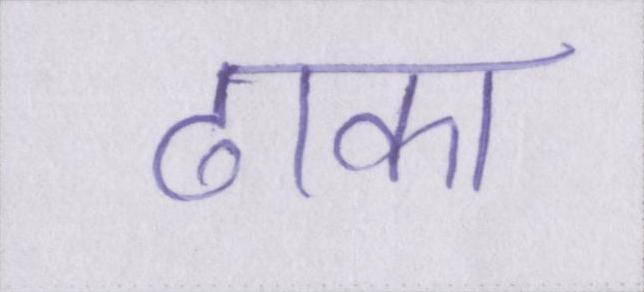
ढाका